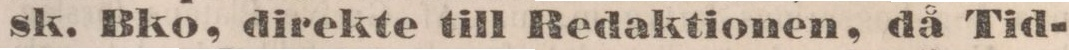
sk. Bko, direkte till Redaktionen, då Tid-